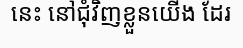
នេះ នៅជុំវិញខ្លួនយើង ដែរ